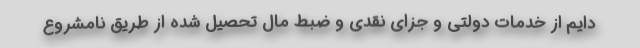
دایم از خدمات دولتی و جزای نقدی و ضبط مال تحصیل شده از طریق نامشروع